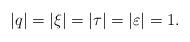
\begin{align*}|q|=|\xi|=|\tau|=|\varepsilon|=1.\end{align*}